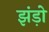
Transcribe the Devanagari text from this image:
झंड़ो